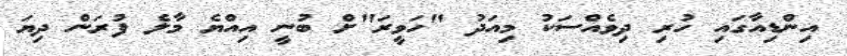
އިންޑިއާގައި ހުރި ދިވެއްސަކު މިއަދު "ހަވީރަ"ށް ބުނީ އިއްޔެ މާލެ ފުރަން ދިޔަ